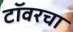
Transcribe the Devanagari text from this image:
टॉवरचा